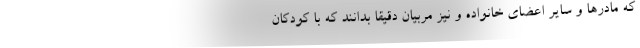
که مادرها و سایر اعضای خانواده و نیز مربیان دقیقاً بدانند که با کودکان